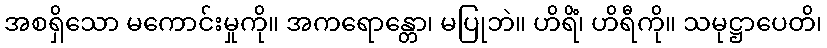
အစရှိသော မကောင်းမှုကို။ အကရောန္တော၊ မပြုဘဲ။ ဟိရိံ၊ ဟိရီကို။ သမုဋ္ဌာပေတိ၊